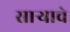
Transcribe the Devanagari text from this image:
सार्‍याचे